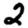
Digit: 2